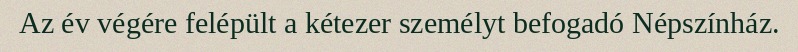
Az év végére felépült a kétezer személyt befogadó Népszínház.